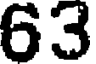
63